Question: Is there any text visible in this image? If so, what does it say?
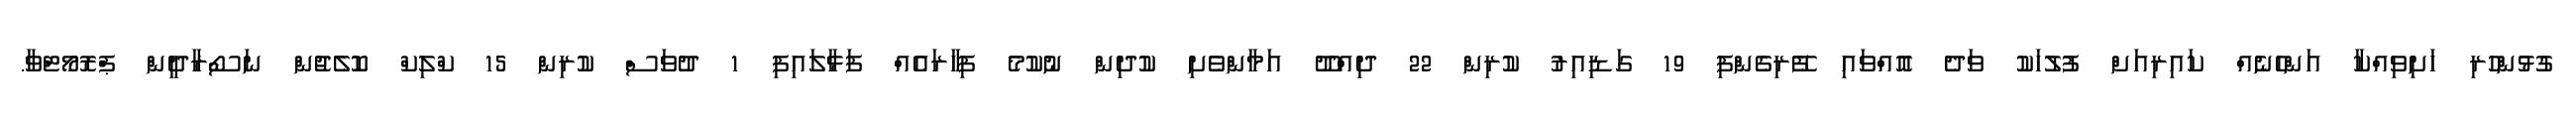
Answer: ގުޅުންހުރި ހަށިވިއްކާ އަންހެނެއް ކައިރިއަށް ފުލުހަކު ވަދެ އޮއްވައި ފޭރިގެންފި 19 ގަޑިއިރު ކުރިން 22 ދިއްދޫ އަމާންވެށި ކުދިން ނުކުމެ ފިހާރައެއް ފަޅާލައިފި 1 ދުވަސް ކުރިން 15 ކްލިކް ކޮލެޖުން ނަސޯރާދީން ޕްރޮމޯޓްވާ.